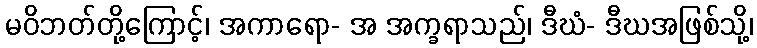
မဝိဘတ်တို့ကြောင့်၊ အကာရော- အ အက္ခရာသည်၊ ဒီဃံ- ဒီဃအဖြစ်သို့၊